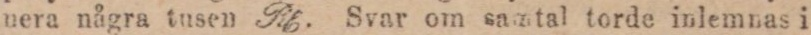
nera några tusen Ph. Svar om samtal torde inlemnas i